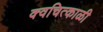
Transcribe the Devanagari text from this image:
क्वचित्काळी